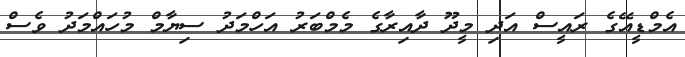
އެމްޑީއޭގެ ރައީސް އަދި މީދޫ ދާއިރާގެ މެމްބަރު އަހްމަދު ސިޔާމް މުހައްމަދު ވެސް